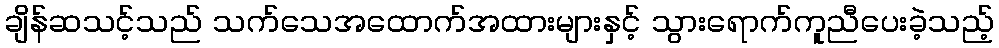
ချိန်ဆသင့်သည် သက်သေအထောက်အထားများနှင့် သွားရောက်ကူညီပေးခဲ့သည့်